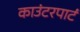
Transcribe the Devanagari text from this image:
काउंटरपार्ट